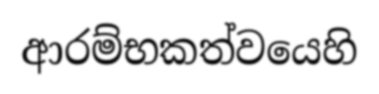
ආරම්භකත්වයෙහි